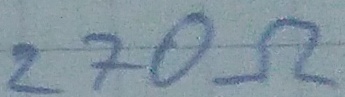
Text: 270Ω